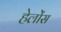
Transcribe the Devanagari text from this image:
हेलोंस